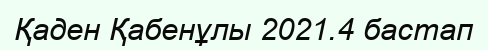
Қаден Қабенұлы 2021.4 бастап